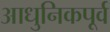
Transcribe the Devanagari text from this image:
आधुनिकपूर्व